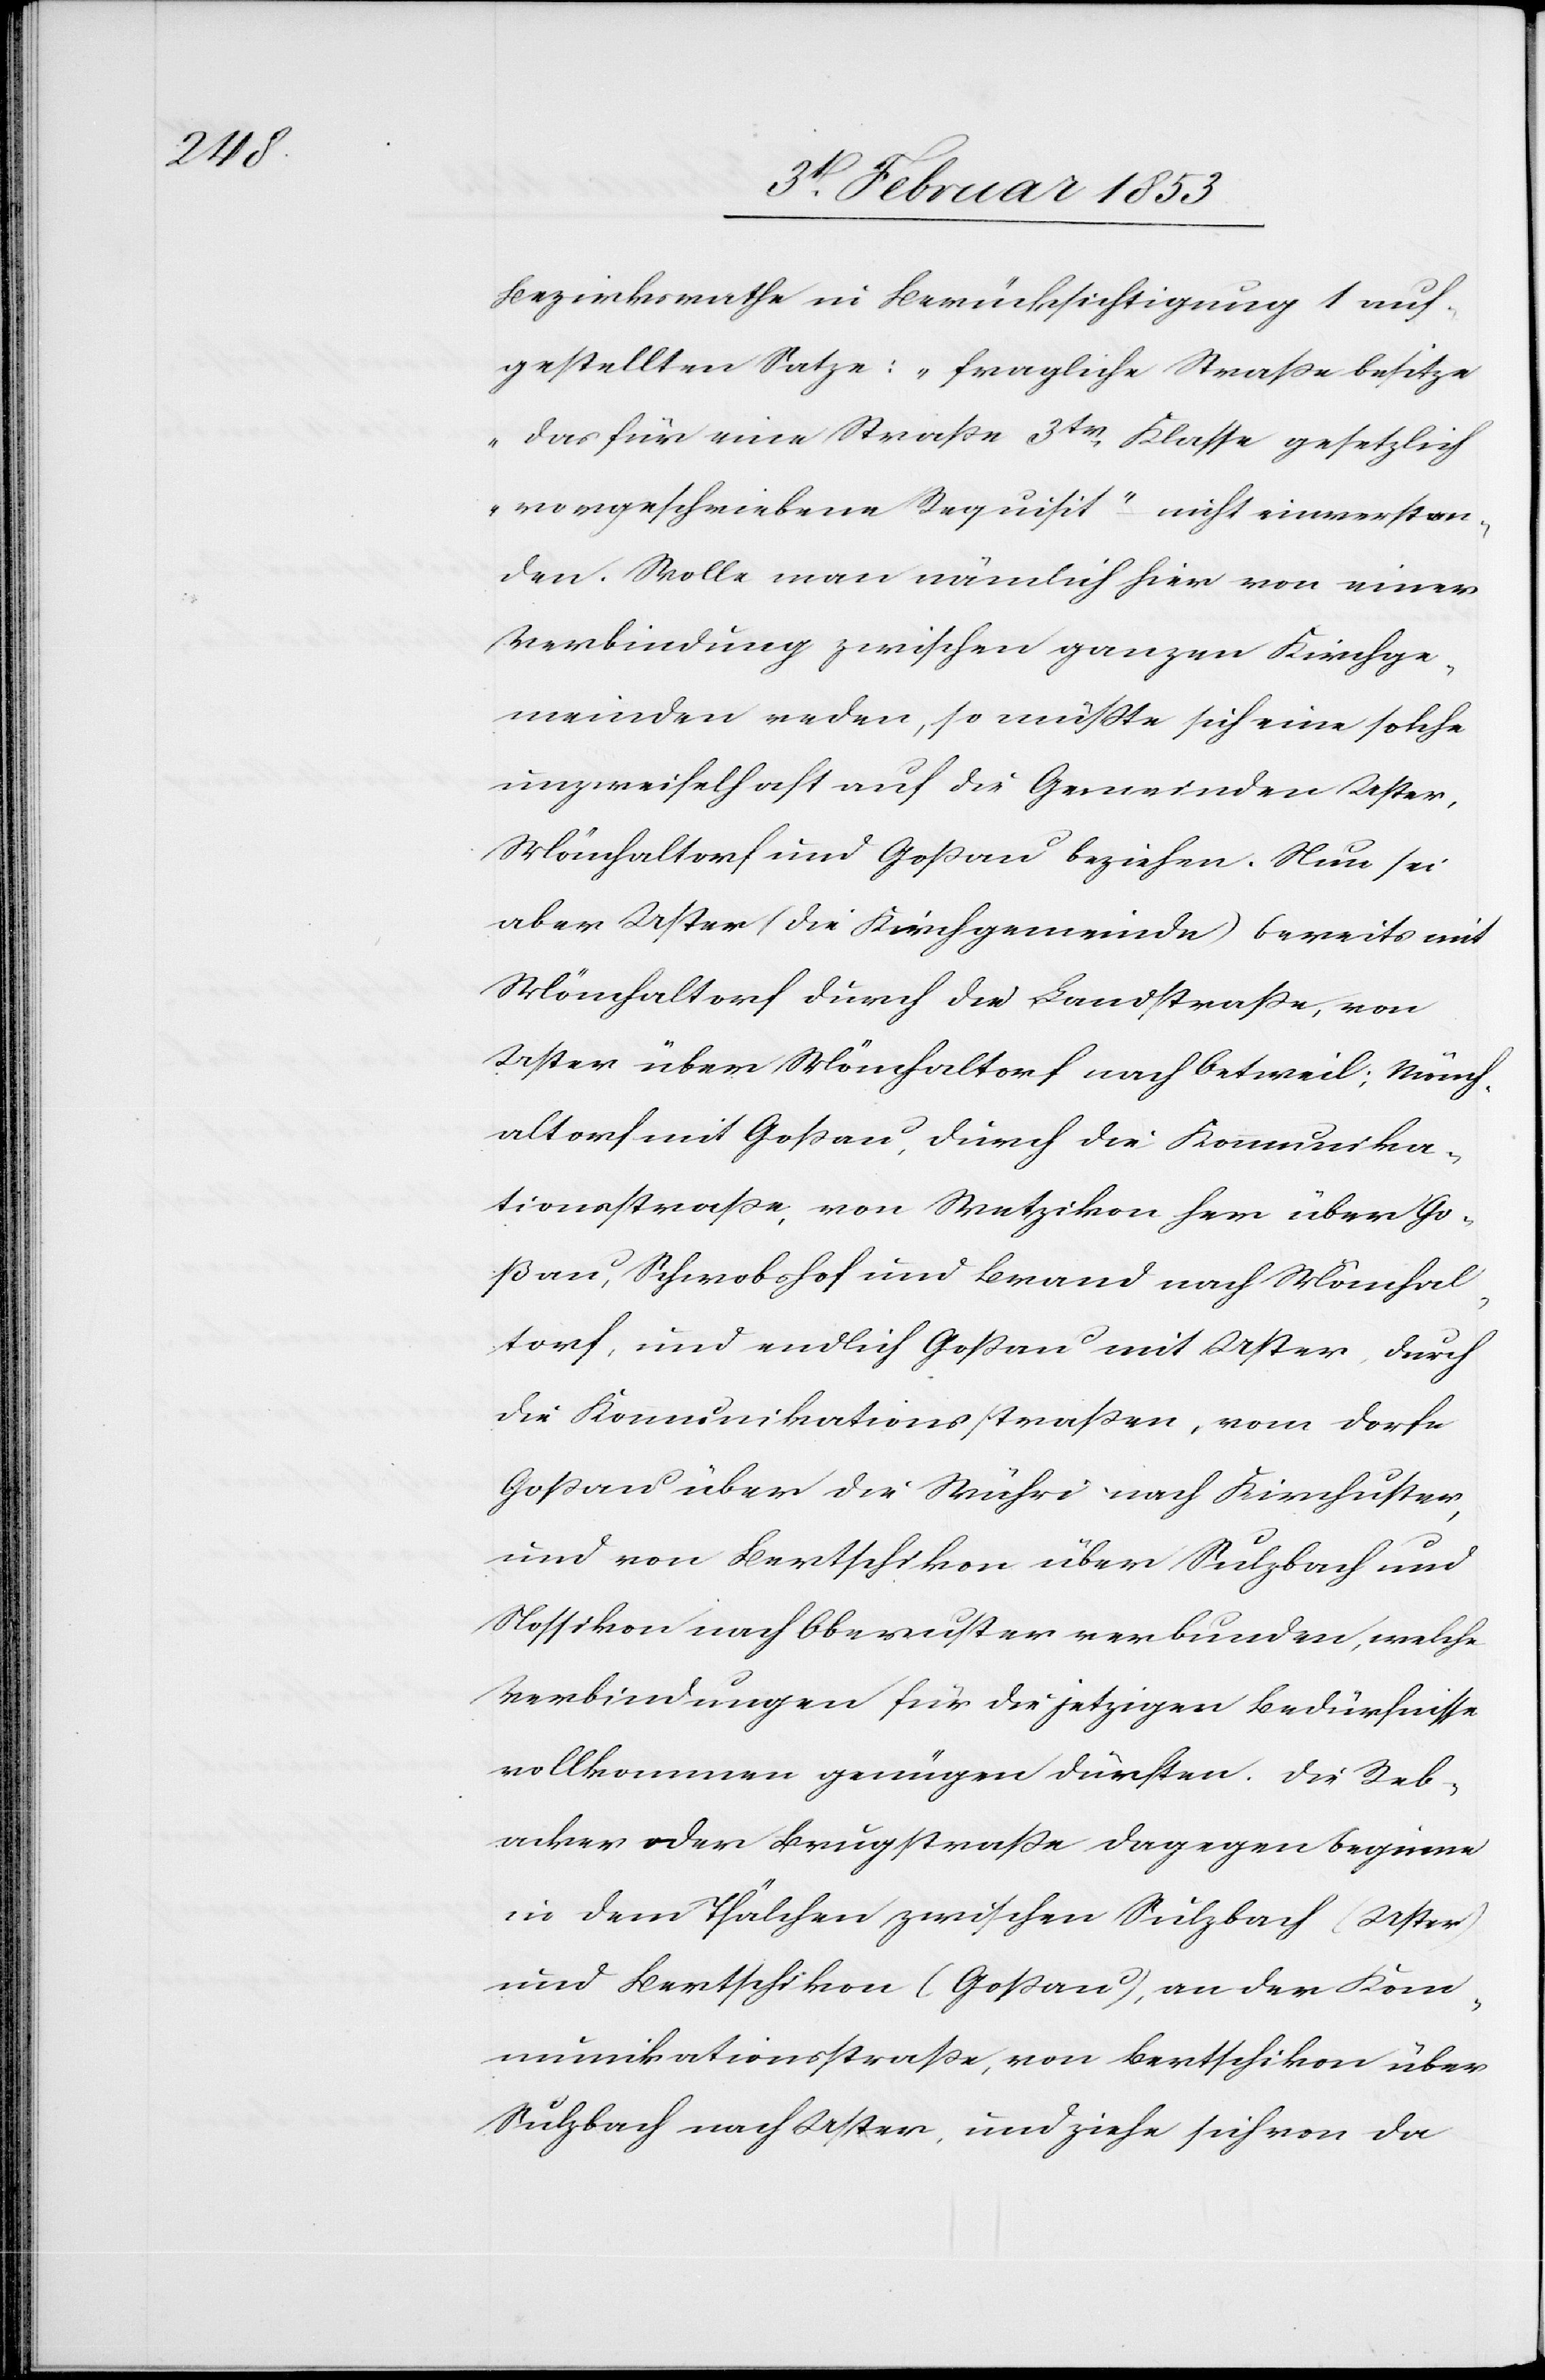
Bezirksrathe in Berücksichtigung 1 auf¬
gestellten Satze: „fragliche Straße besitze
das für eine Straße 3tr. Klasse gesetzlich
vorgeschriebene Requisit“ nicht einverstan¬
den. Wolle man nämlich hier von einer
Verbindung zwischen ganzen Kirchge¬
meinden reden, so müsse sich eine solche
unzweifelhaft auf die Gemeinden Uster,
Mönchaltorf und Goßau beziehen. Neu sei
aber Uster (die Kirchgemeinde) bereits mit
Mönchaltorf durch die Landstraße, von
Uster über Mönchaltorf nach Oetweil; Mönch¬
altorf mit Goßau, durch die Kommunika¬
tionsstraße von Wetzikon her über Go¬
ßau, Schwobshof und Brand nach Mönchal¬
torf, und endlich Goßau mit Uster, durch
die Kommunikationsstraßen, vom Dorfe
Goßau über die Wuhr nach Kirchuster,
und von Bertschikon über Sulzbach und
Nossikon nach Oberuster verbunden, welche
Verbindungen für die jetzigen Bedürfniße
vollkommen genügen dürften. Die Reb¬
acker oder Brugstraße dagegen beginne
in dem Thälchen zwischen Sulzbach (Uster)
und Bertschikon (Goßau), an der Kom¬
munikationsstraße, von Bertschikon über
Sulzbach nach Uster, und ziehe sich von da